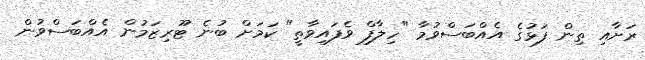
ރަށާއި ތިން ފަޅުގެ އެއްބަސްވުމާ "ހިލާފް ވެފައިވާތީ" ކަމަށް ބުނެ ޓޫރިޒަމުން އެއްބަސްވުން